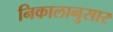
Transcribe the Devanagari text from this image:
निकालानुसार